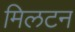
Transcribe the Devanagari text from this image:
मिलटन